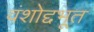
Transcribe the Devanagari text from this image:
वंशोद्दभूत